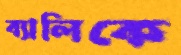
ব্যালিকে